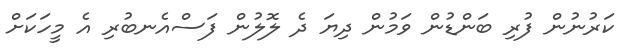
ކަރުނުން ފުރި ބަންޑުން ވަމުން ދިޔަ ދެ ލޮލުން ފަސްއެނބުރި އެ މީހަކަށް